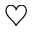
\heartsuit